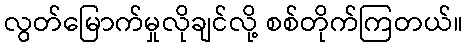
လွတ်မြောက်မှုလိုချင်လို့ စစ်တိုက်ကြတယ်။